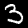
Digit: 3